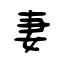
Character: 妻